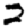
Digit: 2